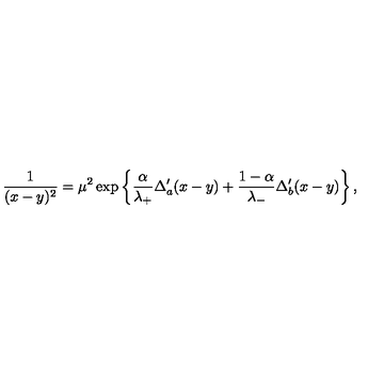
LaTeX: \frac { 1 } { ( x - y ) ^ { 2 } } = \mu ^ { 2 } \exp \left\{ \frac { \alpha } { \lambda _ { + } } \Delta _ { a } ^ { \prime } ( x - y ) + \frac { 1 - \alpha } { \lambda _ { - } } \Delta _ { b } ^ { \prime } ( x - y ) \right\} ,